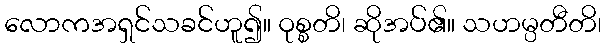
လောကအရှင်သခင်ဟူ၍။ ဝုစ္စတိ၊ ဆိုအပ်၏။ သဟမ္ပတီတိ၊